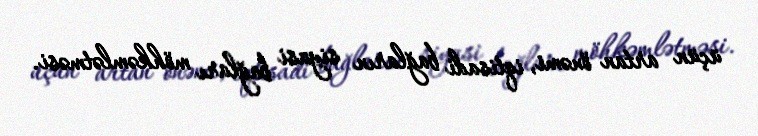
üçün artan önəmi, iqtisadi bağların siyasi bağları möhkəmlətməsi.